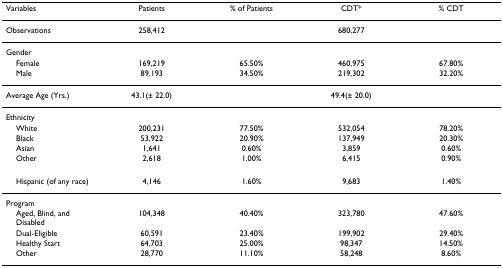
| Variables | Patients | % of Patients | CDT* | % CDT |
 | --- | --- | --- | --- | --- |
 | Observations | 258,412 |  | 680,277 |  |
 | Gender |  |  |  |  |
 | Female | 169,219 | 65.50% | 460,975 | 67.80% |
 | Male | 89,193 | 34.50% | 219,302 | 32.20% |
 | Average Age (Yrs.) | 43.1(± 22.0) |  | 49.4(± 20.0) |  |
 | Ethnicity |  |  |  |  |
 | White | 200,231 | 77.50% | 532,054 | 78.20% |
 | Black | 53,922 | 20.90% | 137,949 | 20.30% |
 | Asian | 1,641 | 0.60% | 3,859 | 0.60% |
 | Other | 2,618 | 1.00% | 6,415 | 0.90% |
 | Hispanic (of any race) | 4,146 | 1.60% | 9,683 | 1.40% |
 | Program |  |  |  |  |
 | Aged, Blind, and Disabled | 104,348 | 40.40% | 323,780 | 47.60% |
 | Dual-Eligible | 60,591 | 23.40% | 199,902 | 29.40% |
 | Healthy Start | 64,703 | 25.00% | 98,347 | 14.50% |
 | Other | 28,770 | 11.10% | 58,248 | 8.60% |